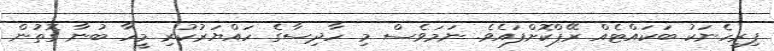
ފިރިހެނަކު ބަކައްޓެއް ރޭޕްކޮށްފައެވެ. ނަމަވެސް މި ހާދިސާގެ ހައްޔަރުކުރި މީހާ ބުނާ ގޮތުން